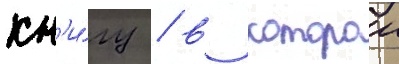
кн'и́гу / в которои